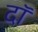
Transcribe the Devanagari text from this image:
दॉ